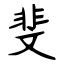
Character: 斐